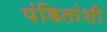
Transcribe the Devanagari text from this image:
पंडितांशी